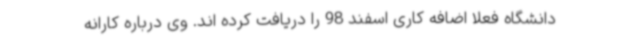
دانشگاه فعلا اضافه کاری اسفند 98 را دریافت کرده اند. وی درباره کارانه